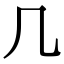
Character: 几